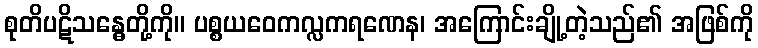
စုတိပဋိသန္ဓေတို့ကို။ ပစ္စယဝေကလ္လကရဏေန၊ အကြောင်းချို့တဲ့သည်၏ အဖြစ်ကို